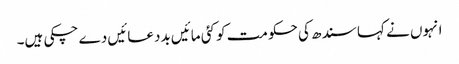
انہوں نے کہا سندھ کی حکومت کو کئی مائیں بددعائیں دے چکی ہیں۔